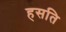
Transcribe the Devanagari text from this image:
हसति